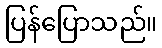
ပြန်ပြောသည်။